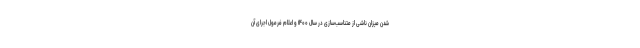
شدن میزان ناشی از متناسب‌سازی در سال ۱۴۰۰ و اعلام فرمول اجرای آن